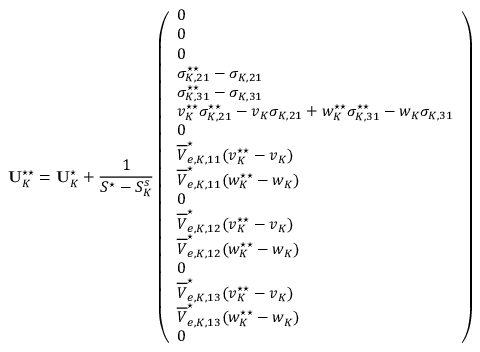
\mathbf { U } _ { K } ^ { \star \star } = \mathbf { U } _ { K } ^ { \star } + \frac { 1 } { S ^ { \star } - S _ { K } ^ { s } } \left( \begin{array} { l } { 0 } \\ { 0 } \\ { 0 } \\ { \sigma _ { K , 2 1 } ^ { \star \star } - \sigma _ { K , 2 1 } } \\ { \sigma _ { K , 3 1 } ^ { \star \star } - \sigma _ { K , 3 1 } } \\ { v _ { K } ^ { \star \star } \sigma _ { K , 2 1 } ^ { \star \star } - v _ { K } \sigma _ { K , 2 1 } + w _ { K } ^ { \star \star } \sigma _ { K , 3 1 } ^ { \star \star } - w _ { K } \sigma _ { K , 3 1 } } \\ { 0 } \\ { \overline { { V } } _ { e , K , 1 1 } ^ { \star } ( v _ { K } ^ { \star \star } - v _ { K } ) } \\ { \overline { { V } } _ { e , K , 1 1 } ^ { \star } ( w _ { K } ^ { \star \star } - w _ { K } ) } \\ { 0 } \\ { \overline { { V } } _ { e , K , 1 2 } ^ { \star } ( v _ { K } ^ { \star \star } - v _ { K } ) } \\ { \overline { { V } } _ { e , K , 1 2 } ^ { \star } ( w _ { K } ^ { \star \star } - w _ { K } ) } \\ { 0 } \\ { \overline { { V } } _ { e , K , 1 3 } ^ { \star } ( v _ { K } ^ { \star \star } - v _ { K } ) } \\ { \overline { { V } } _ { e , K , 1 3 } ^ { \star } ( w _ { K } ^ { \star \star } - w _ { K } ) } \\ { 0 } \end{array} \right)